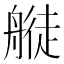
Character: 𦪂